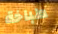
طباخة